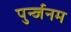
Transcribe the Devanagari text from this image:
पुर्न्जनम